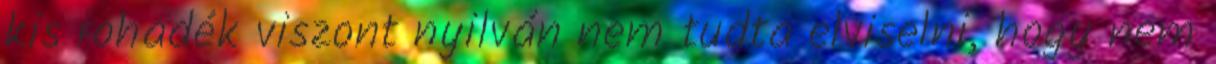
kis rohadék viszont nyilván nem tudta elviselni, hogy nem